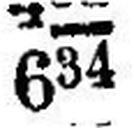
634